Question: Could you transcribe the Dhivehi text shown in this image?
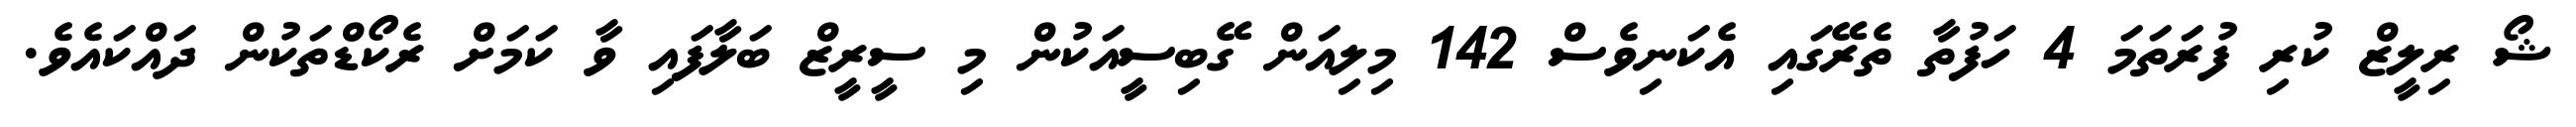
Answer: ޝޯ ރިލީޒް ކުރި ފުރަތަމަ 4 ހަފުތާ ތެރޭގައި އެކަނިވެސް 142 މިލިއަން ގޭބިސީއަކުން މި ސީރީޒް ބަލާފައި ވާ ކަމަށް ރެކޯޑްތަކުން ދައްކައެވެ.